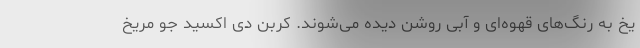
یخ به رنگ‌های قهوه‌ای و آبی روشن دیده می‌شوند. کربن دی اکسید جو مریخ